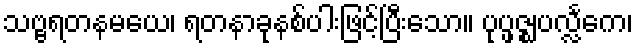
သဗ္ဗရတနမယေ၊ ရတနာခုနစ်ပါးဖြင့်ပြီးသော။ ပုပ္ဖဇ္ဈပလ္လင်္ကေ၊